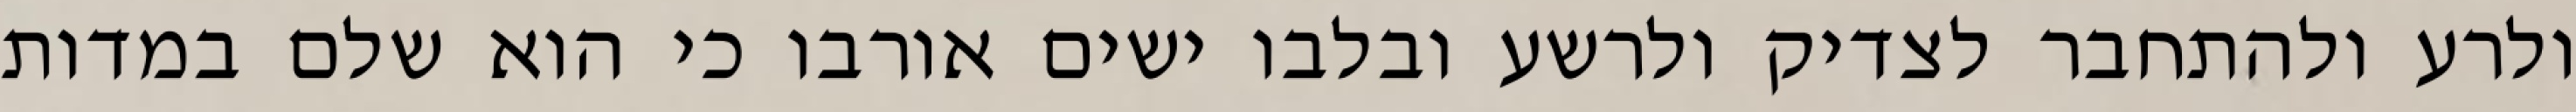
ולרע ולהתחבר לצדיק ולרשע ובלבו ישים אורבו כי הוא שלם במדות